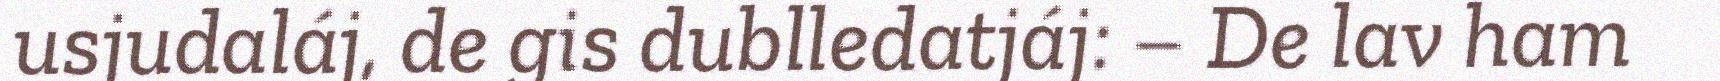
usjudaláj, de gis dublledatjáj: – De lav ham